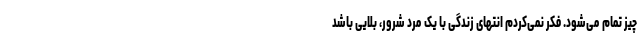
چیز تمام می‌شود. فکر نمی‌کردم انتهای زندگی با یک مرد شرور، بلایی باشد